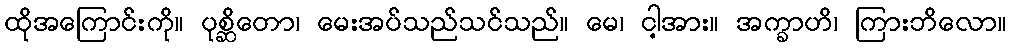
ထိုအကြောင်းကို။ ပုစ္ဆိတော၊ မေးအပ်သည်သင်သည်။ မေ၊ ငါ့အား။ အက္ခာဟိ၊ ကြားဘိလော။